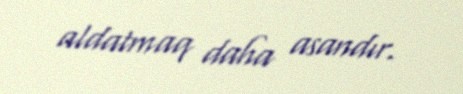
aldatmaq daha asandır.